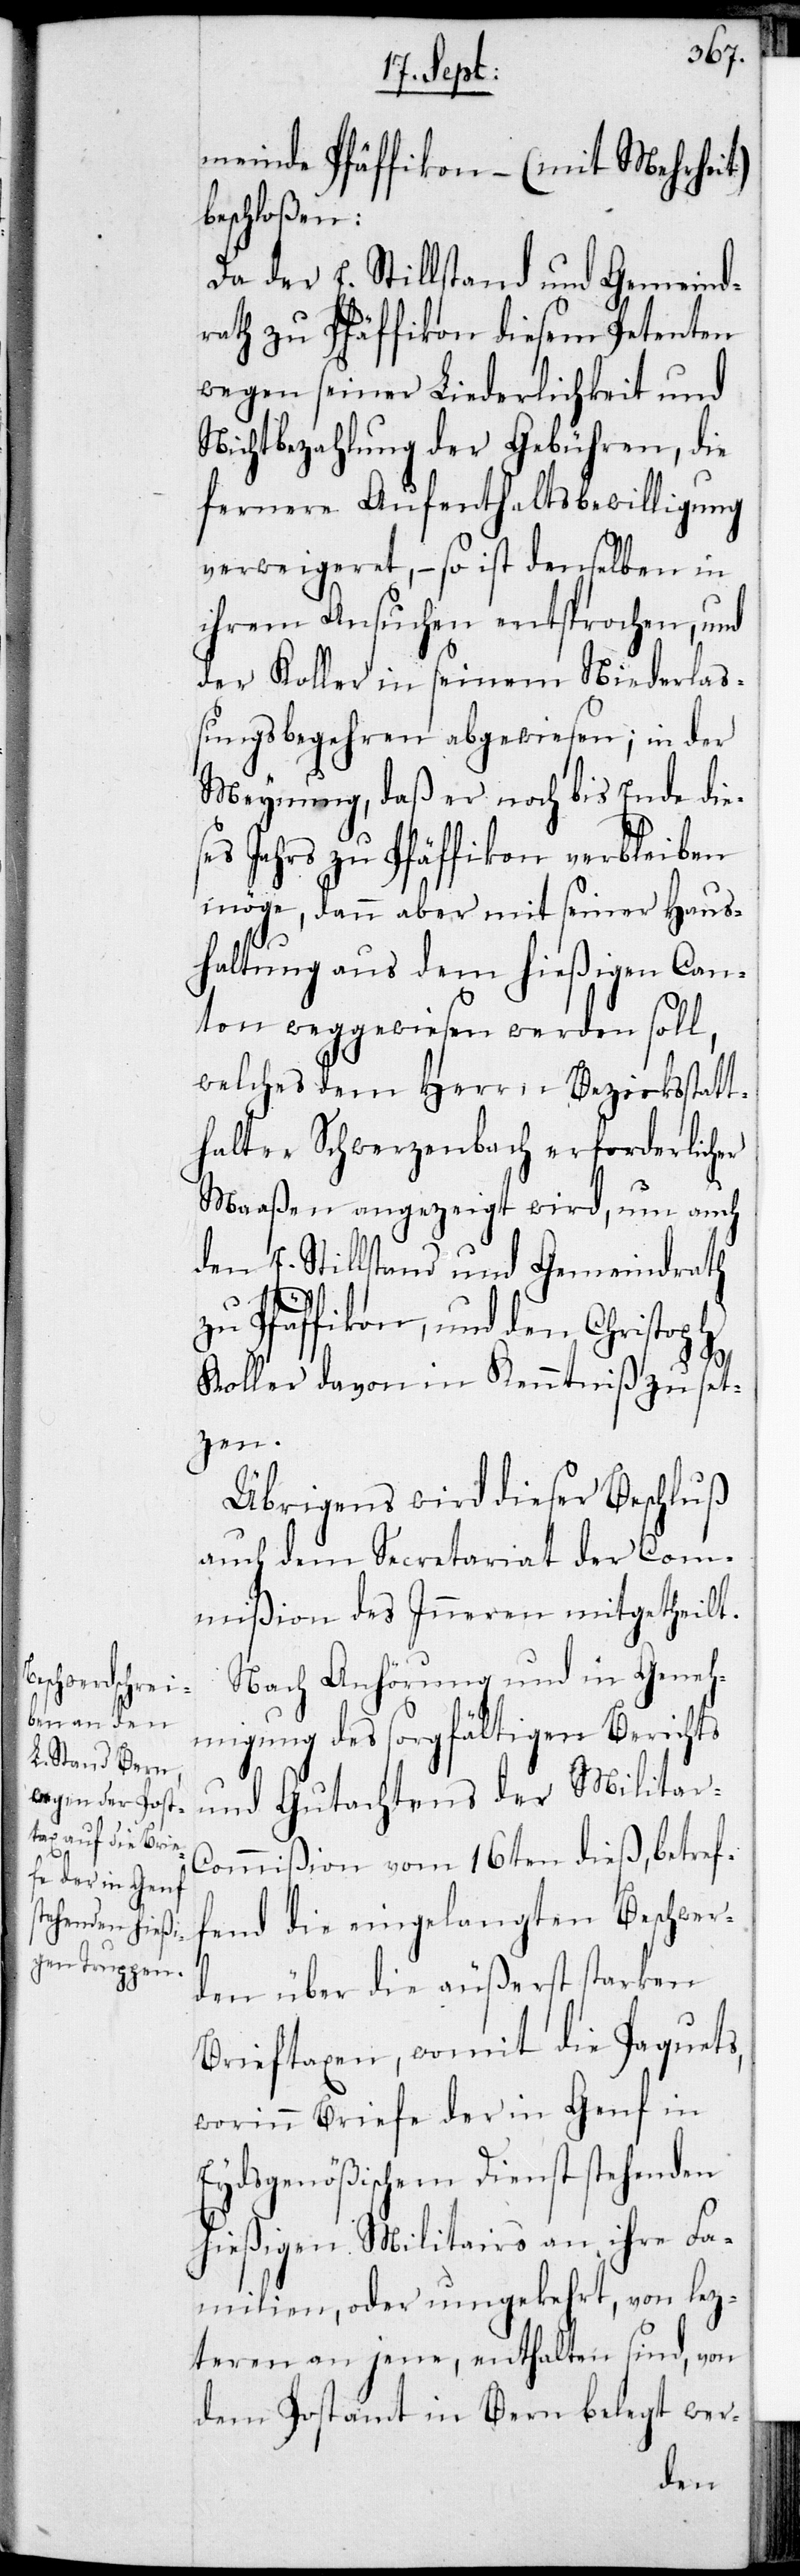
s¬

meinde Pfäffikon – (mit Mehrheit)
beschloßen:
Da der E. Stillstand und Gemeind¬
rath zu Pfäffikon diesen Petenten
wegen seiner Liederlichkeit und
Nichtbezahlung der Gebühren, die
fernere Aufenthaltsbewilligung
verweigeret, – so ist denselben in
ihrem Ansuchen entsprochen, und
der Koller in seinem Niederlaß¬
ungsbegehren abgewiesen; in der
Meynung, daß er noch bis Ende die¬
es Jahrs zu Pfäffikon verbleiben
möge, dann aber mit seiner Haus¬
haltung aus dem hießigen Can¬
ton weggewiesen werden soll,
welches dem Herrn Bezirksstatt¬
halter Schwerzenbach erforderlicher
Maaßen angezeigt wird, um auch
den E. Stillstand und Gemeindrath
zu Pfäffikon, und den Christoph
Koller davon in Kenntniß zu set¬
zen.
Übrigens wird dieser Beschluß
auch dem Secretariat der Com¬
mißion des Inneren mitgetheilt.
Nach Anhörung und in Geneh¬
migung des sorgfältigen Berichts
und Gutachtens der Militar-C¬
ommißion vom 16ten dieß, betref¬
fend die eingelangten Beschwer¬
den über die äußerst starken
Brieftaxen, womit die Paquets,
worinn Briefe der in Genf in
Eydsgenößischen Dienst stehenden
hießigen Militairs an ihre Fa¬
milien, oder umgekehrt, von lez¬
teren an jene, enthalten sind, von
dem Postamt in Bern belegt wer-